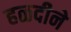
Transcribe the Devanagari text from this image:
हळदीने